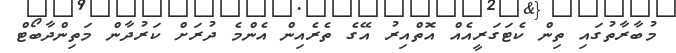
މުބާރާތުގައި ތިން ކެޓަގަރީއެއް އޮތްއިރު އޭގެ ތެރެއިން އެންމެ ދުރަށް ކަރުދާން މަތިންދާބޯޓް